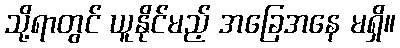
သို့ရာတွင် ယူနိုင်မည့် အခြေအနေ မရှိ။